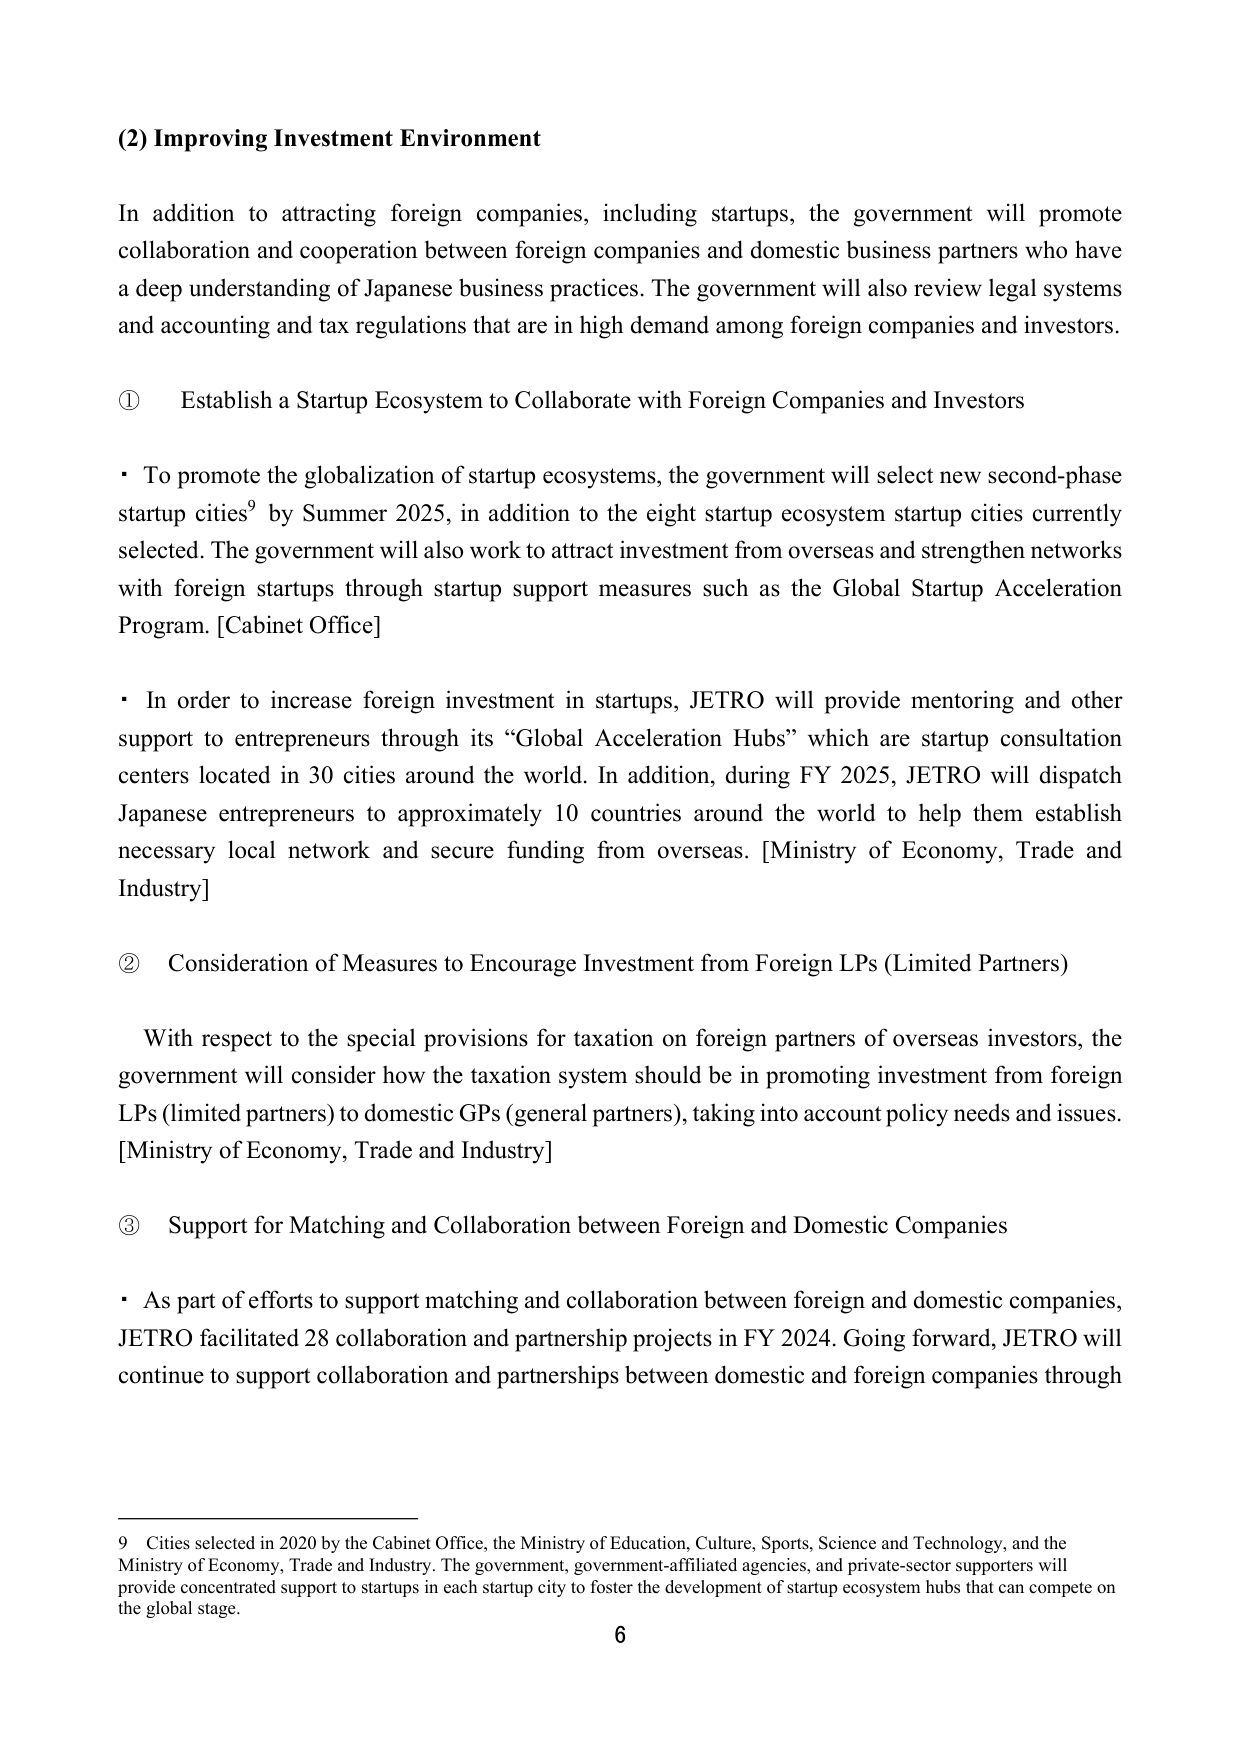
(2) Improving Investment Environment

In addition to attracting foreign companies, including startups, the government will promote collaboration and cooperation between foreign companies and domestic business partners who have a deep understanding of Japanese business practices. The government will also review legal systems and accounting and tax regulations that are in high demand among foreign companies and investors.

① Establish a Startup Ecosystem to Collaborate with Foreign Companies and Investors

• To promote the globalization of startup ecosystems, the government will select new second-phase startup cities⁹ by Summer 2025, in addition to the eight startup ecosystem startup cities currently selected. The government will also work to attract investment from overseas and strengthen networks with foreign startups through startup support measures such as the Global Startup Acceleration Program. [Cabinet Office]

• In order to increase foreign investment in startups, JETRO will provide mentoring and other support to entrepreneurs through its “Global Acceleration Hubs” which are startup consultation centers located in 30 cities around the world. In addition, during FY 2025, JETRO will dispatch Japanese entrepreneurs to approximately 10 countries around the world to help them establish necessary local network and secure funding from overseas. [Ministry of Economy, Trade and Industry]

② Consideration of Measures to Encourage Investment from Foreign LPs (Limited Partners)

With respect to the special provisions for taxation on foreign partners of overseas investors, the government will consider how the taxation system should be in promoting investment from foreign LPs (limited partners) to domestic GPs (general partners), taking into account policy needs and issues. [Ministry of Economy, Trade and Industry]

③ Support for Matching and Collaboration between Foreign and Domestic Companies

• As part of efforts to support matching and collaboration between foreign and domestic companies, JETRO facilitated 28 collaboration and partnership projects in FY 2024. Going forward, JETRO will continue to support collaboration and partnerships between domestic and foreign companies through

9 Cities selected in 2020 by the Cabinet Office, the Ministry of Education, Culture, Sports, Science and Technology, and the Ministry of Economy, Trade and Industry. The government, government-affiliated agencies, and private-sector supporters will provide concentrated support to startups in each startup city to foster the development of startup ecosystem hubs that can compete on the global stage.

6